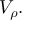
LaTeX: V _ { \rho } .